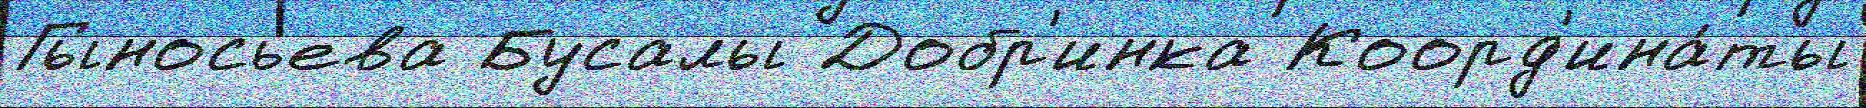
Гыносьева Бусалы Добр'инка Коорд'ина́ты